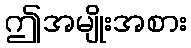
ဤအမျိုးအစား